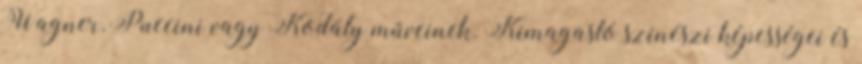
Wagner, Puccini vagy Kodály műveinek. Kimagasló színészi képességei és